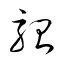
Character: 駘